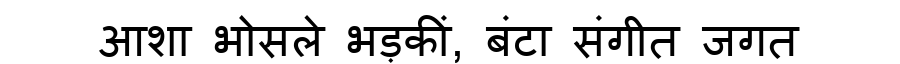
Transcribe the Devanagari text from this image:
आशा भोसले भड़कीं, बंटा संगीत जगत